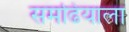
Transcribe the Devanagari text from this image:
समढियाला